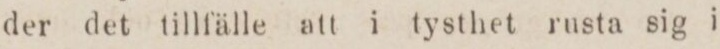
der det tillfälle att i tysthet rusta sig i